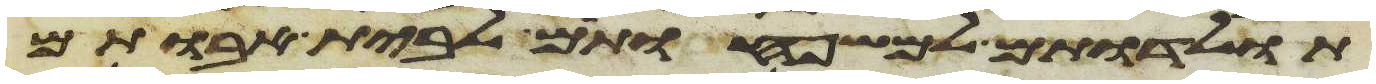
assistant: תולדתם למשפחותם לבית אבותם